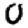
Digit: 0